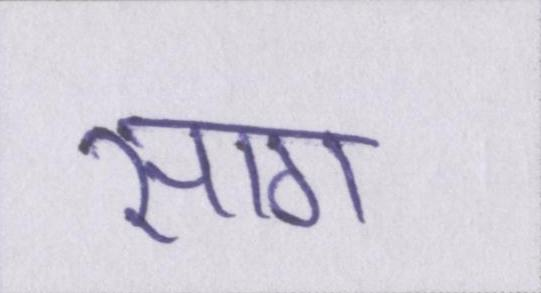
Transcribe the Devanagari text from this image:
साग